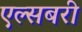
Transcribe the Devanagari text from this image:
एल्सबरी